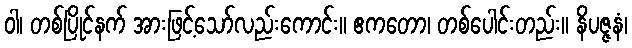
ဝါ၊ တစ်ပြိုင်နက် အားဖြင့်သော်လည်းကောင်း။ ဧကတော၊ တစ်ပေါင်းတည်း။ နိပဇ္ဇနံ၊